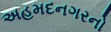
અહમદનગરનો